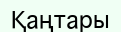
Қаңтары